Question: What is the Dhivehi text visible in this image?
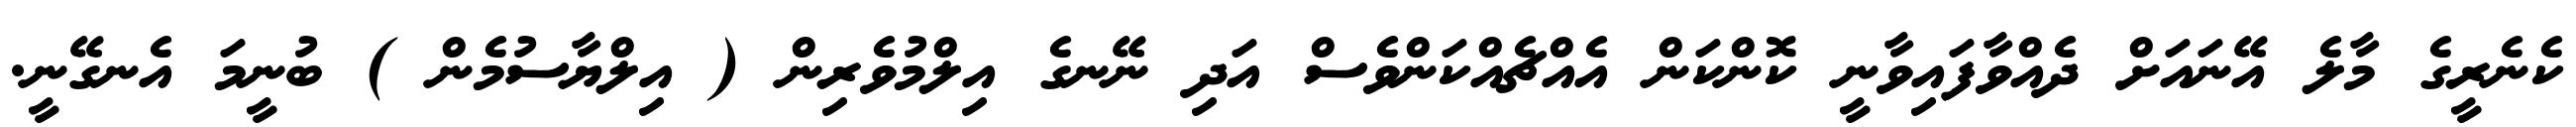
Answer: ކެނެރީގެ މާލެ އޭނައަށް ދެއްވާފައިވާނީ ކޮންކަން އެއްޗެއްކަންވެސް އަދި ނޭނގެ އިލްމުވެރިން ( އިލްޔާސުމެން ) ބުނީމަ އެނގޭނީ.